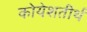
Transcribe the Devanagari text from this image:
कोयेशतीर्थ